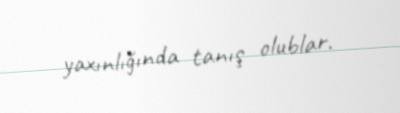
yaxınlığında tanış olublar.